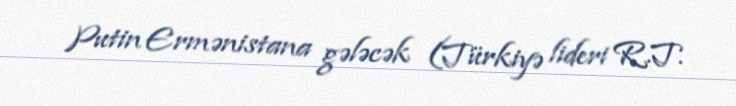
Putin Ermənistana gələcək (Türkiyə lideri R.T.